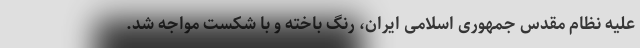
علیه نظام مقدس جمهوری اسلامی ایران، رنگ باخته و با شکست مواجه شد.